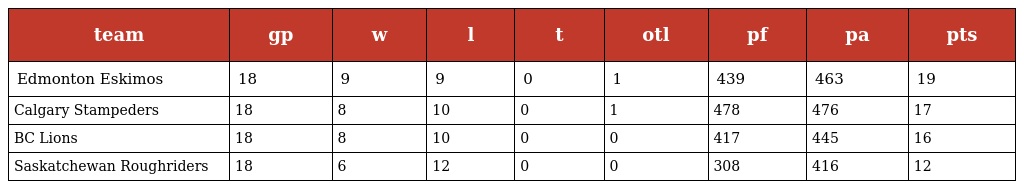
| team | gp | w | l | t | otl | pf | pa | pts |
 | --- | --- | --- | --- | --- | --- | --- | --- | --- |
 | Edmonton Eskimos | 18 | 9 | 9 | 0 | 1 | 439 | 463 | 19 |
 | Calgary Stampeders | 18 | 8 | 10 | 0 | 1 | 478 | 476 | 17 |
 | BC Lions | 18 | 8 | 10 | 0 | 0 | 417 | 445 | 16 |
 | Saskatchewan Roughriders | 18 | 6 | 12 | 0 | 0 | 308 | 416 | 12 |